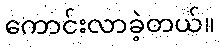
ကောင်းလာခဲ့တယ်။